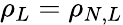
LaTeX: \rho_{L}=\rho_{N,L}